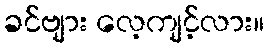
ခင်ဗျား လေ့ကျင့်လား။